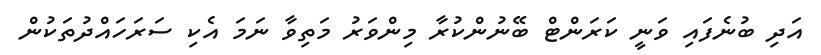
އަދި ބުނެފައި ވަނީ ކަރަންޓް ބޭނުންކުރާ މިންވަރު މަތިވާ ނަމަ އެކި ސަރަހައްދުތަކުން